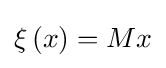
\xi \left(x\right)=Mx